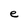
Character: e